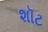
શૉટ